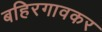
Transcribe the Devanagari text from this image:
बहिरगावकर